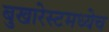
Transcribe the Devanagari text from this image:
बुखारेस्टमध्येच